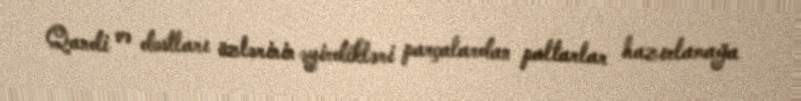
Qandi və dostları özlərinin əyirdikləri parçalardan paltarlar hazırlamağa